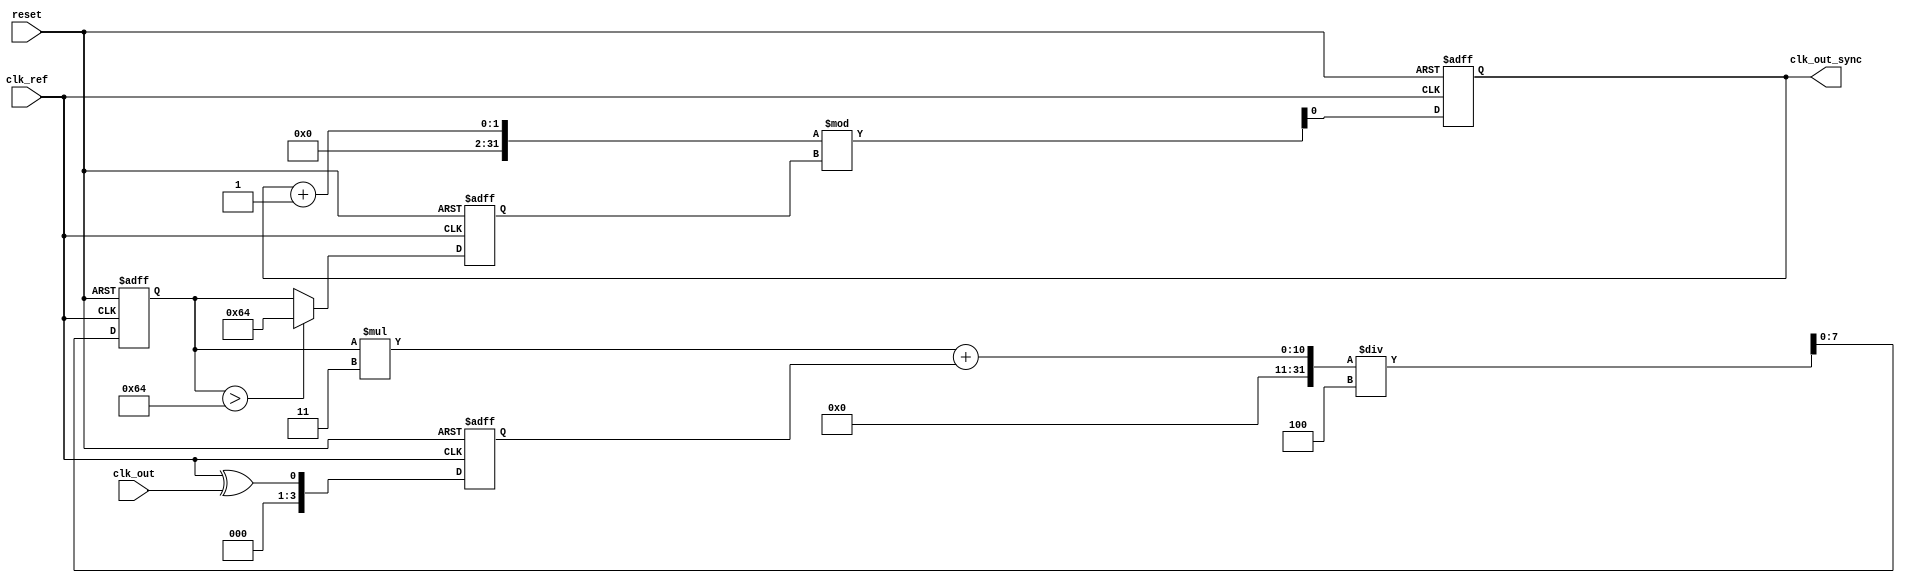
module MemoryBlocksPLL (
    input wire clk_ref,          // Reference clock input
    input wire clk_out,          // Output clock from VCO
    input wire reset,            // Reset signal
    output reg clk_out_sync      // Synchronized output clock
);

    // Parameters
    parameter MEMORY_SIZE = 8;   // Size of the memory blocks
    parameter FILTER_COEFF = 4;   // Loop filter coefficient
    parameter VCO_MAX_FREQ = 100; // Maximum frequency of VCO

    // Internal signals
    reg [MEMORY_SIZE-1:0] phase_error_memory; // Memory for phase errors
    reg [7:0] control_voltage;                  // Control voltage for VCO
    reg [7:0] vco_frequency;                    // VCO frequency
    reg [3:0] phase_error;                      // Phase error signal

    // Phase Detector (PD)
    always @(posedge clk_ref or posedge reset) begin
        if (reset) begin
            phase_error <= 0;
        end else begin
            // Simple XOR phase detector (1-bit)
            phase_error <= clk_ref ^ clk_out;
        end
    end

    // Memory Block to store phase errors
    always @(posedge clk_ref or posedge reset) begin
        if (reset) begin
            phase_error_memory <= 0;
        end else begin
            phase_error_memory <= {phase_error_memory[MEMORY_SIZE-2:0], phase_error}; // Shift in new phase error
        end
    end

    // Loop Filter (LF)
    always @(posedge clk_ref or posedge reset) begin
        if (reset) begin
            control_voltage <= 0;
        end else begin
            // Simple low-pass filter
            control_voltage <= (control_voltage * (FILTER_COEFF - 1) + phase_error) / FILTER_COEFF;
        end
    end

    // Voltage-Controlled Oscillator (VCO)
    always @(posedge clk_ref or posedge reset) begin
        if (reset) begin
            vco_frequency <= 0;
            clk_out_sync <= 0;
        end else begin
            // Adjust VCO frequency based on control voltage
            vco_frequency <= (control_voltage > VCO_MAX_FREQ) ? VCO_MAX_FREQ : control_voltage;
            // Generate output clock based on VCO frequency
            clk_out_sync <= (clk_out_sync + 1) % vco_frequency; // Simple frequency divider for demonstration
        end
    end

endmodule